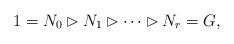
LaTeX: \begin{align*}1=N_0\rhd N_1\rhd \cdots \rhd N_r=G,\end{align*}